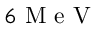
6 \mathrm { ~ M ~ e ~ V ~ }